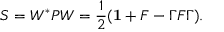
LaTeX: S = W ^ { * } P W = \frac { 1 } { 2 } ( { \bf 1 } + F - \Gamma F \Gamma ) .